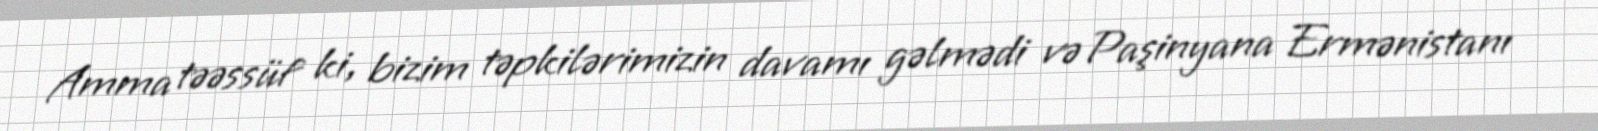
Amma təəssüf ki, bizim təpkilərimizin davamı gəlmədi və Paşinyana Ermənistanı